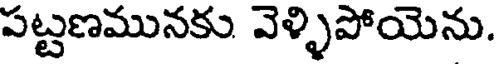
పట్టణమునకు వెళ్ళిపోయెను.